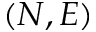
( N , E )